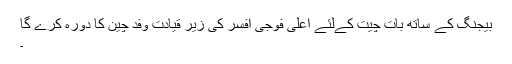
بیجنگ کے ساتھ بات چیت کےلئے اعلیٰ فوجی افسر کی زیر قیادت وفد چین کا دورہ کرے گا
۔